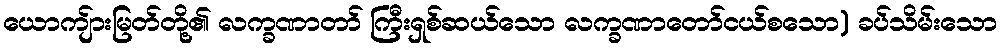
ယောကျ်ားမြတ်တို့၏ လက္ခဏာတာ် ကြီးရှစ်ဆယ်သော လက္ခဏာတော်ငယ်စသော) ခပ်သိမ်းသော